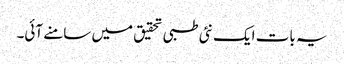
یہ بات ایک نئی طبی تحقیق میں سامنے آئی۔